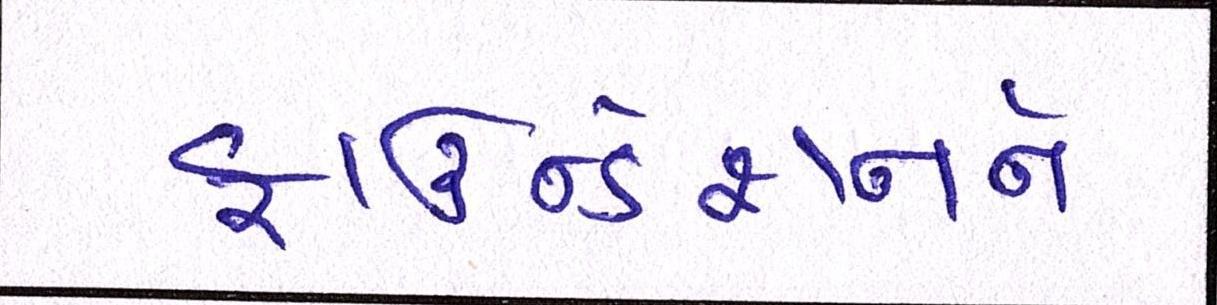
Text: ફાઉન્ડેશનને